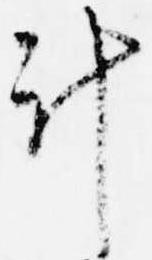
計